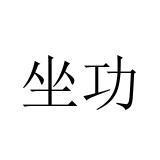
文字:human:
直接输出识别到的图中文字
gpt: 坐功